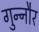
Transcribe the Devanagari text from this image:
गुन्‍नौर